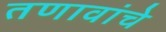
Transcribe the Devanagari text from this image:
तणावांचे